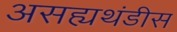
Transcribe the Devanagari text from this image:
असह्यथंडीस